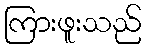
ကြားဖူးသည်